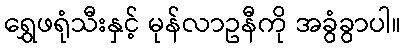
ရွှေဖရုံသီးနှင့် မုန်လာဥနီကို အခွံခွာပါ။